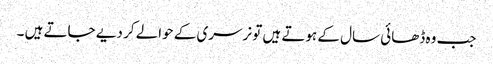
جب وہ ڈھائی سال کے ہوتے ہیں تو نرسری کے حوالے کر دیے جاتے ہیں ۔